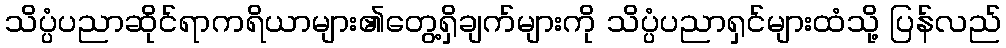
သိပ္ပံပညာဆိုင်ရာကရိယာများ၏တွေ့ရှိချက်များကို သိပ္ပံပညာရှင်များထံသို့ ပြန်လည်